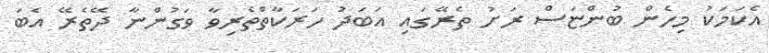
އެކަމަކު މިހެން ބުންޏަސް ރަށު ތެރޭގައި އަބަދު ހަރަކާތްތެރިވާ ވަގުންނާ ދޭތެރޭ އެބަ